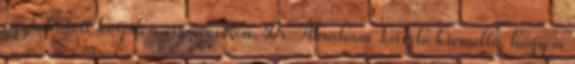
egybekötött kötetlen eszmecserén. Dr. Ábrahám László kiemelte, hogy a